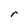
Character: r